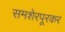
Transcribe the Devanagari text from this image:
समशेरपूरकर